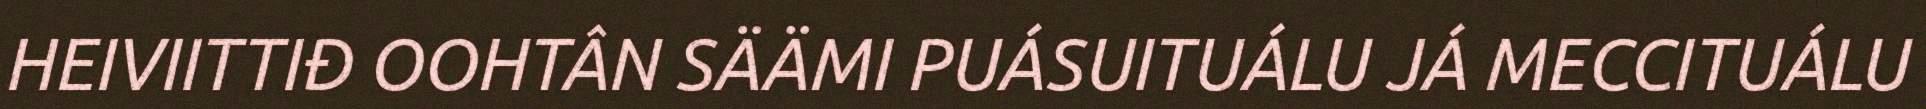
HEIVIITTIĐ OOHTÂN SÄÄMI PUÁSUITUÁLU JÁ MECCITUÁLU